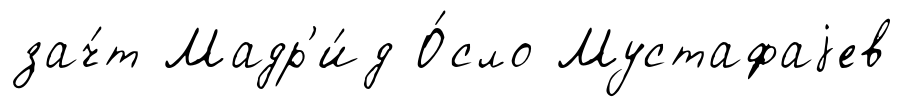
зач́т Мадр'и́д О́сло Мустафаjев